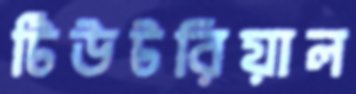
টিউটরিয়াল